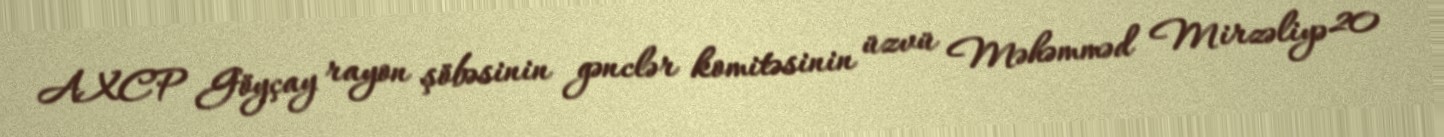
AXCP Göyçay rayon şöbəsinin gənclər komitəsinin üzvü Məhəmməd Mirzəliyə 20